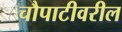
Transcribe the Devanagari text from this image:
चौपाटीवरील